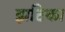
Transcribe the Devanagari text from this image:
झटिका